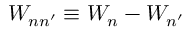
W _ { n n ^ { \prime } } \equiv W _ { n } - W _ { n ^ { \prime } }